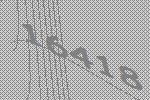
16418